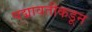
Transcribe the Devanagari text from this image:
पद्मावतीकडून